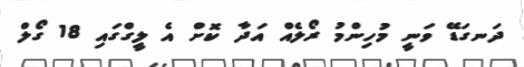
ދަނގަޑޭ ވަނީ މުހިންމު ރޯލެއް އަދާ ކޮށް އެ ލީގްގައި 18 ގޯލް